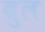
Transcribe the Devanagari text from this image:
ब्रुल